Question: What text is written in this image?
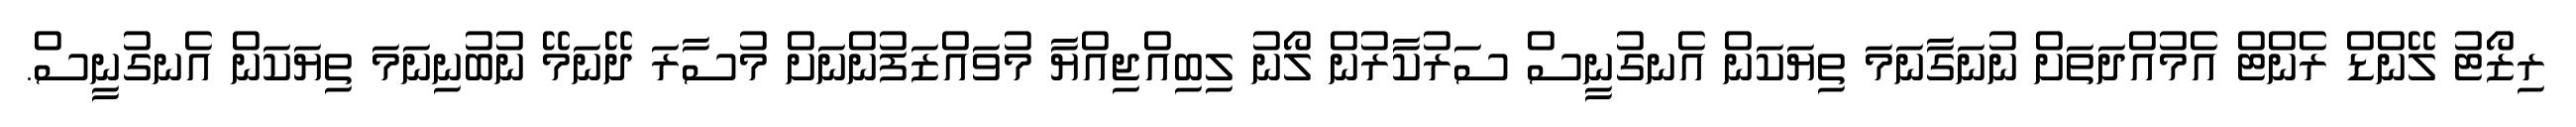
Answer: ރިޒޯޓު ލޭންޑް ރެންޓް އެމުއްދަތަށް ނުނަގާނަމަ ތިޔަކަން އެނގުނީސް ސަރުކާރުން ލޯނު ލިބިއްޖިއްޔާ މުވައްޒަފުންނަށް މުސާރަ ދޭނަމޭ ނުބުނިނަމަ ތިޔަކަން އެނގުނީސް.